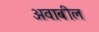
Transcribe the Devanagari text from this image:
अवाबील